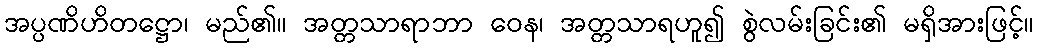
အပ္ပဏိဟိတဋ္ဌော၊ မည်၏။ အတ္တသာရာဘာ ဝေန၊ အတ္တသာရဟူ၍ စွဲလမ်းခြင်း၏ မရှိအားဖြင့်။